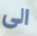
الى